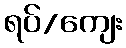
ရပ်/ကျေး